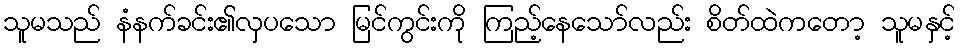
သူမသည် နံနက်ခင်း၏လှပသော မြင်ကွင်းကို ကြည့်နေသော်လည်း စိတ်ထဲကတော့ သူမနှင့်